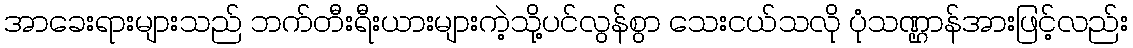
အာခေးရားများသည် ဘက်တီးရီးယားများကဲ့သို့ပင်လွန်စွာ သေးငယ်သလို ပုံသဏ္ဌာန်အားဖြင့်လည်း